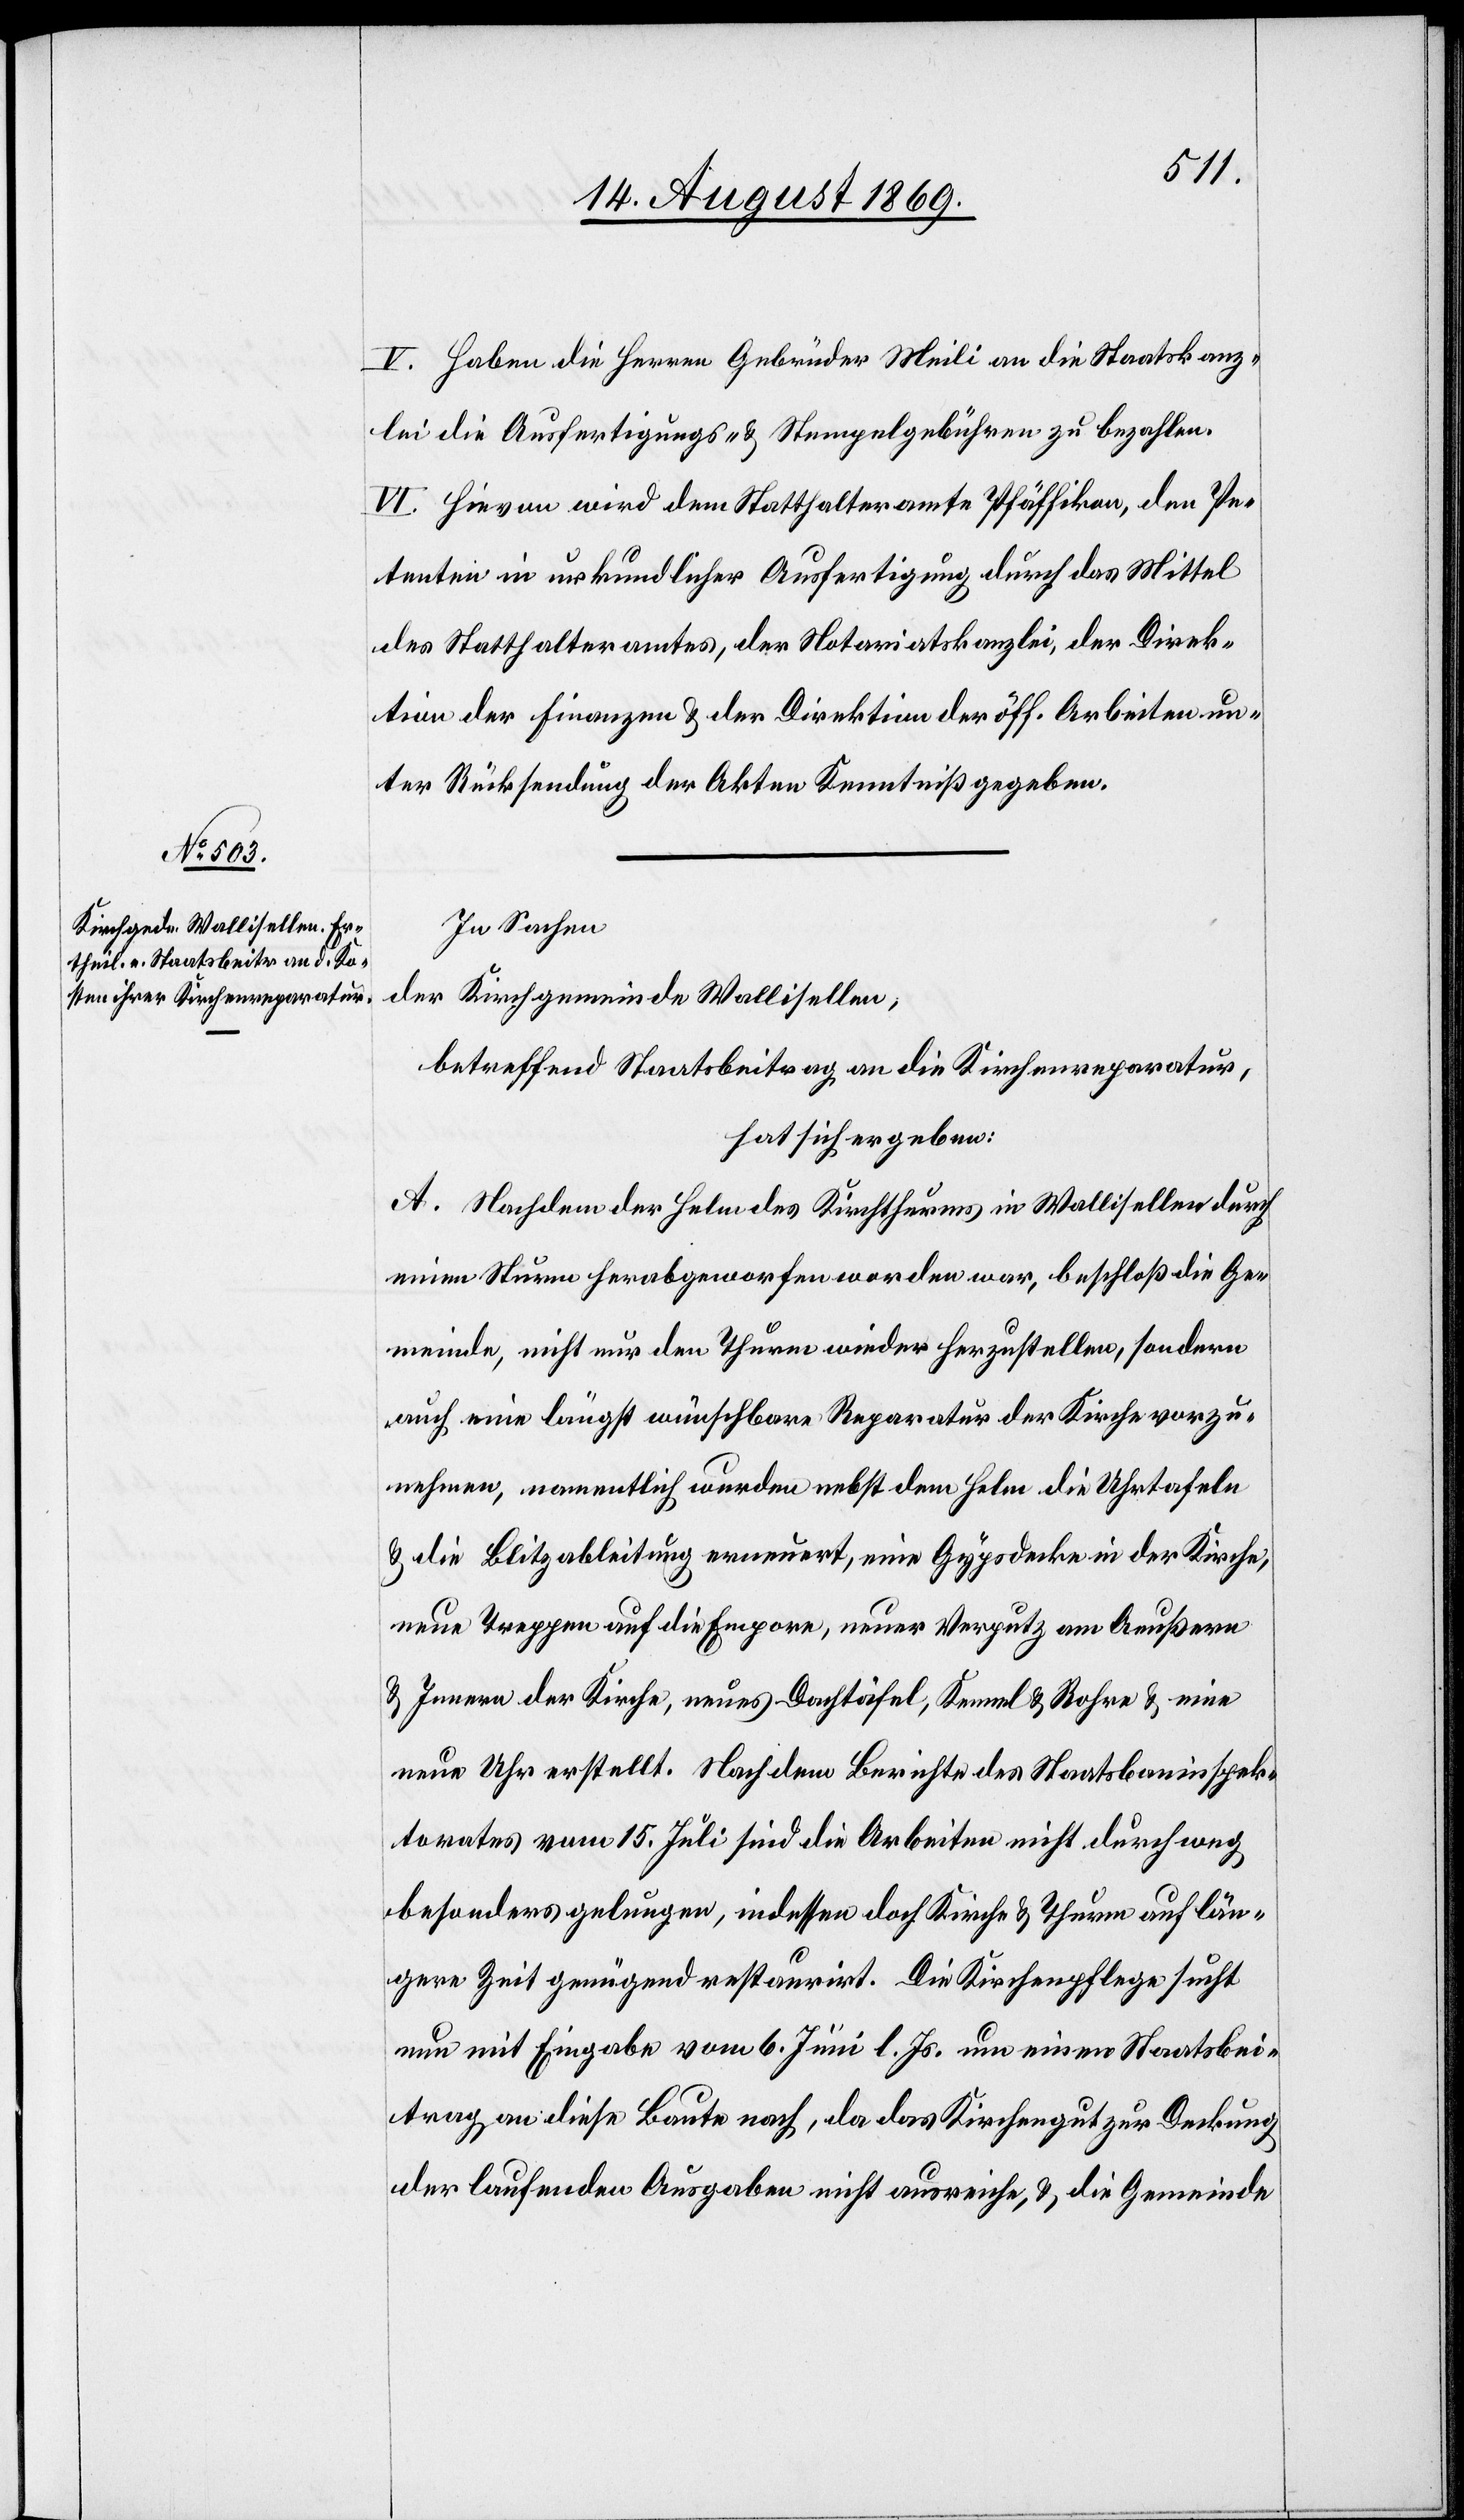
V. Haben die Herren Gebrüder Meili an die Staatskanz¬
lei die Ausfertigungs- & Stempelgebühren zu bezahlen.
VI. Hievon wird dem Statthalteramte Pfäffikon, den Pe¬
tenten in urkundlicher Ausfertigung durch das Mittel
des Statthalteramtes, der Notariatskanzlei, der Direk¬
tion der Finanzen & der Direktion der öff. Arbeiten un¬
ter Rücksendung der Akten Kenntniß gegeben.
In Sachen
der Kirchgemeinde Wallisellen,
betreffend Staatsbeitrag an die Kirchenreparatur,
hat sich ergeben:
A. Nachdem der Helm des Kirchthurms in Wallisellen durch
einen Sturm herabgeworfen worden war, beschloß die Ge¬
meinde, nicht nur den Thurm wieder herzustellen, sondern
auch eine längst wünschbare Reparatur der Kirche vorzu¬
nehmen, namentlich wurden nebst dem Helm die Uhrtafeln
& die Blitzableitung erneuert, eine Gypsdecke in der Kirche,
neue Treppen auf die Empore, neuer Verputz am Aeußern
& Innern der Kirche, neues Dachtäfel, Kennel & Rohre & eine
neue Uhr erstellt. Nach dem Berichte des Staatsbauinspek¬
torates vom 15. Juli sind die Arbeiten nicht durchweg
besonders gelungen, indessen doch Kirche & Thurm auf län¬
gere Zeit genügend restaurirt. Die Kirchenpflege sucht
nun mit Eingabe vom 6. Juni l. Js. um einen Staatsbei¬
trag an diese Baute nach, da das Kirchengut zur Deckung
der laufenden Ausgaben nicht ausreiche, & die Gemeinde